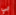
بي